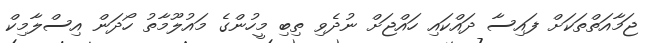
ޖަމާއަތްތަކަށް ފައިސާ ދައްކައި ހައްޖަށް ނުދެވި ތިބި މީހުންގެ މައުލޫމާތު ހޯދަން އިސްލާމިކް